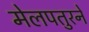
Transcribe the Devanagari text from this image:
मेलपतुरने